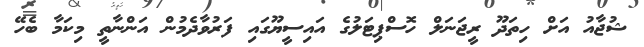
ޝުޖާއު އަށް ހިތަދޫ ރީޖަނަލް ހޮސްޕިޓަލުގެ އައިސީޔޫގައި ފަރުވާދެމުން އަންނާތީ މިކަމާ ބެހޭ